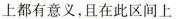
上都有意义，且在此区间上